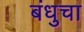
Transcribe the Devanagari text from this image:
बंधुचा